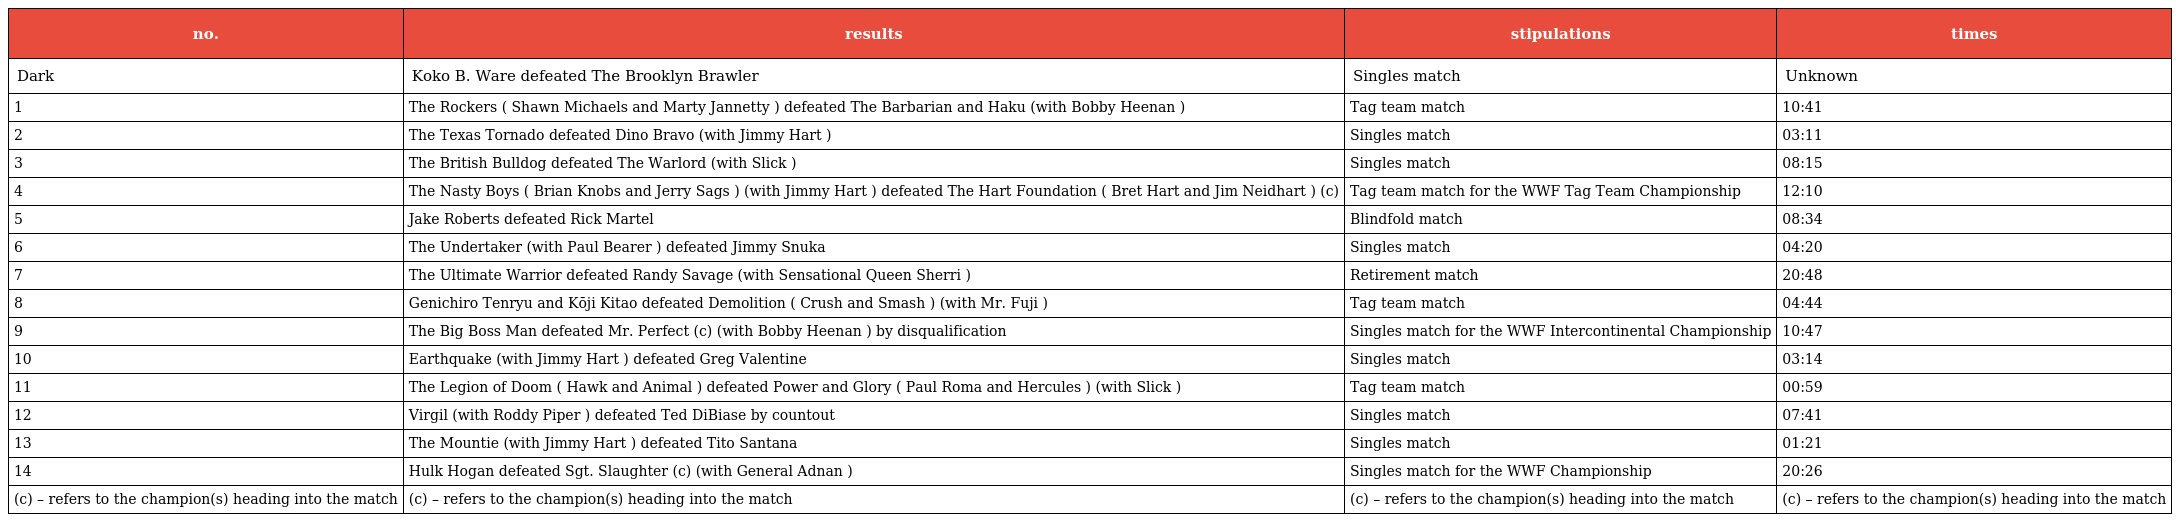
| no. | results | stipulations | times |
 | --- | --- | --- | --- |
 | Dark | Koko B. Ware defeated The Brooklyn Brawler | Singles match | Unknown |
 | 1 | The Rockers ( Shawn Michaels and Marty Jannetty ) defeated The Barbarian and Haku (with Bobby Heenan ) | Tag team match | 10:41 |
 | 2 | The Texas Tornado defeated Dino Bravo (with Jimmy Hart ) | Singles match | 03:11 |
 | 3 | The British Bulldog defeated The Warlord (with Slick ) | Singles match | 08:15 |
 | 4 | The Nasty Boys ( Brian Knobs and Jerry Sags ) (with Jimmy Hart ) defeated The Hart Foundation ( Bret Hart and Jim Neidhart ) (c) | Tag team match for the WWF Tag Team Championship | 12:10 |
 | 5 | Jake Roberts defeated Rick Martel | Blindfold match | 08:34 |
 | 6 | The Undertaker (with Paul Bearer ) defeated Jimmy Snuka | Singles match | 04:20 |
 | 7 | The Ultimate Warrior defeated Randy Savage (with Sensational Queen Sherri ) | Retirement match | 20:48 |
 | 8 | Genichiro Tenryu and Kōji Kitao defeated Demolition ( Crush and Smash ) (with Mr. Fuji ) | Tag team match | 04:44 |
 | 9 | The Big Boss Man defeated Mr. Perfect (c) (with Bobby Heenan ) by disqualification | Singles match for the WWF Intercontinental Championship | 10:47 |
 | 10 | Earthquake (with Jimmy Hart ) defeated Greg Valentine | Singles match | 03:14 |
 | 11 | The Legion of Doom ( Hawk and Animal ) defeated Power and Glory ( Paul Roma and Hercules ) (with Slick ) | Tag team match | 00:59 |
 | 12 | Virgil (with Roddy Piper ) defeated Ted DiBiase by countout | Singles match | 07:41 |
 | 13 | The Mountie (with Jimmy Hart ) defeated Tito Santana | Singles match | 01:21 |
 | 14 | Hulk Hogan defeated Sgt. Slaughter (c) (with General Adnan ) | Singles match for the WWF Championship | 20:26 |
 | (c) – refers to the champion(s) heading into the match | (c) – refers to the champion(s) heading into the match | (c) – refers to the champion(s) heading into the match | (c) – refers to the champion(s) heading into the match |